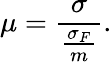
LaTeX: \mu=\frac{\sigma}{\frac{\sigma_{F}}{m}}.